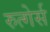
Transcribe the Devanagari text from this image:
रुत्गेर्स